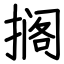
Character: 搁